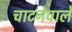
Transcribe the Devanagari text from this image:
चाटनेवाले